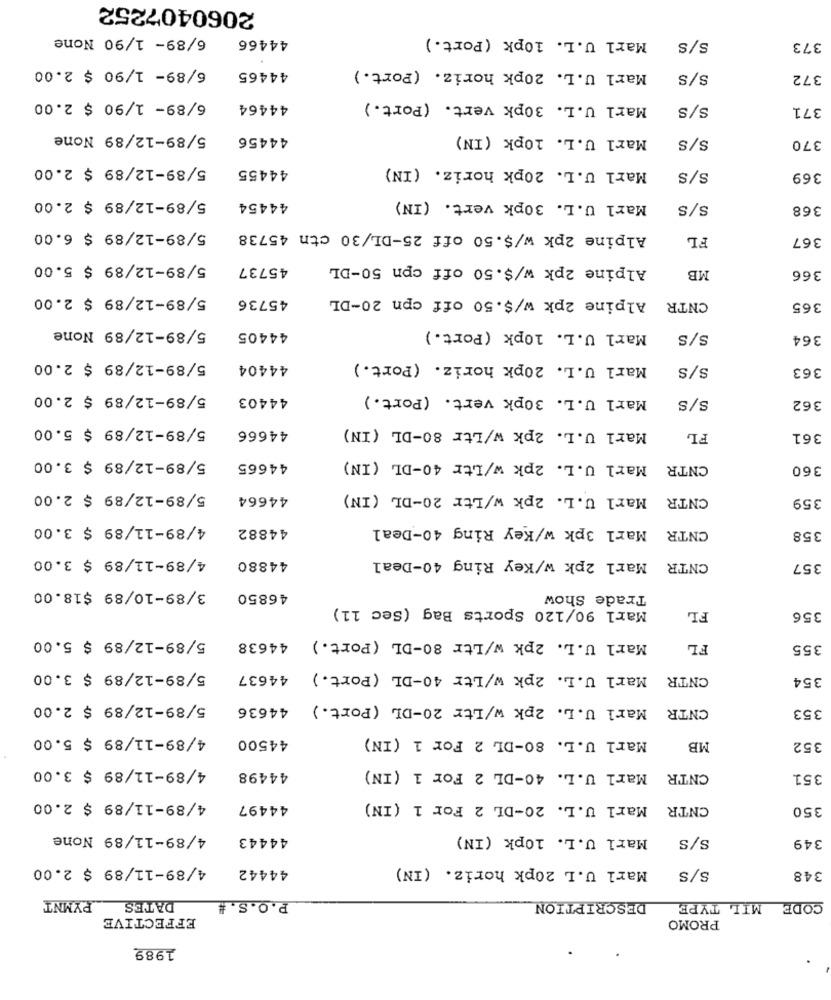
2060407252
6/89- 1/90 None
44466
Marl U.L. 10pk (Port.)
S/S
373
6/89- 1/90 $ 2.00
Marl U.L. 20pk horiz. (Port.)
44465
s/S
372
6/89- 1/90 $ 2.00
44464
Marl U.L. 30pk vert. (Port.)
S/S
371
5/89-12/89 None
44456
Marl U.L. 10pk (IN)
S/S
370
5/89-12/89 $ 2.00
44455
Marl U.L. 20pk horiz. (IN)
s/S
369
5/89-12/89 $ 2.00
44454
Marl U.L. 30pk vert. (IN)
S/S
368
5/89-12/89 $ 6.00
Alpine 2pk w/$.50 off 25-DL/30 ctn 45738
FL
367
5/89-12/89 $ 5.00
45737
Alpine 2pk w/$.50 off cpn 50-DL
MB
366
5/89-12/89 $ 2.00
45736
Alpine 2pk w/$.50 off cpn 20-DL
CNTR
365
5/89-12/89 None
Marl U.L. 10pk (Port.)
44405
S/S
364
5/89-12/89 $ 2.00
44404
Marl U.L. 20pk horiz. (Port.)
s/S
363
5/89-12/89 $ 2.00
44403
Marl U.L. 30pk vert. (Port.)
S/S
362
5/89-12/89 $ 5.00
44666
Marl U.L. 2pk w/Ltr 80-DL (IN)
FL
361
5/89-12/89 $ 3.00
44665
Marl U.L. 2pk w/Ltr 40-DL (IN)
CNTR
360
5/89-12/89 $ 2.00
44664
Marl U.L. 2pk w/Ltr 20-DL (IN)
CNTR
359
4/89-11/89 $ 3.00
44882
Marl 3pk w/Key Ring 40-Deal
CNTR
358
4/89-11/89 $ 3.00
Marl 2pk w/Key Ring 40-Deal
44880
CNTR
357
3/89-10/89 $18.00
46850
Trade Show
Marl 90/120 Sports Bag (Sec 11)
FL
356
5/89-12/89 $ 5.00
Marl U.L. 2pk w/Ltr 80-DL (Port.)
44638
FL
355
5/89-12/89 $ 3.00
Marl U.L. 2pk w/Ltr 40-DL (Port.) 44637
CNTR
354
5/89-12/89 $ 2.00
44636
CNTR Marl U.L. 2pk w/Ltr 20-DL (Port.)
353
4/89-11/89 $ 5.00
44500
Marl U.L. 80-DL 2 For 1 (IN)
MB
352
4/89-11/89 $ 3.00
Marl U.L. 40-DL 2 For 1 (IN)
44498
CNTR
351
4/89-11/89 $ 2.00
44497
Marl U.L. 20-DL 2 For 1 (IN)
CNTR
350
4/89-11/89 None
44443
Marl U.L. 10pk (IN)
S/S
349
4/89-11/89 $ 2.00
44442
Marl U.L 20pk horiz. (IN)
s/S
348
P.O.S. #
PYMNT
DATES
DESCRIPTION
MIL TYPE
CODE
EFFECTIVE
PROMO
1989